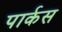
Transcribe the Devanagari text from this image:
पार्कस